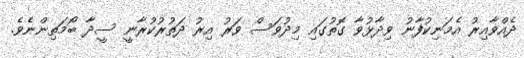
ދެއްވާއިރު އެމަނިކުފާނު ވިދާޅުވާ ގޮތުގައި މިދުވަސް ވަރު އިރު ދަތުރުކުރާނީ ސީދާ ބޯމަތިންނެވެ.